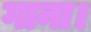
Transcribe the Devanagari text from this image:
गाना।